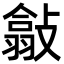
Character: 㪧